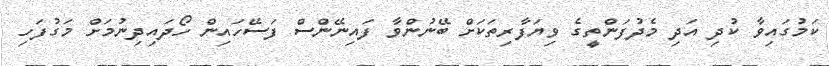
ކަމުގައިވާ ކުދި އަދި މެދުފަންތީގެ ވިޔަފާރިތަކަށް ބޭނުންވާ ފައިނޭންސް ފަސޭހައިން ހޯދައިދިނުމަށް މަގުފަހި